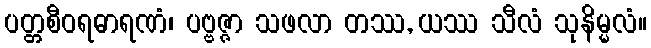
ပတ္တစီဝရဓာရဏံ၊ ပဗ္ဗဇ္ဇာ သဖလာ တဿ, ယဿ သီလံ သုနိမ္မလံ။